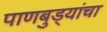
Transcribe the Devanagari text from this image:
पाणबुड्यांचा